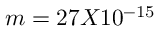
m = 2 7 X 1 0 ^ { - 1 5 }